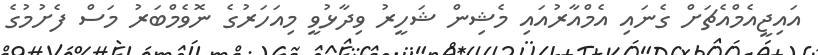
އައިޖީއެމްއެޗަށް ގެނައި އެމްއާރުއައި މެޝިން ޝަހީރު ވިދާޅުވީ މިއަހަރުގެ ނޮވެމްބަރު މަސް ފެށުމުގެ